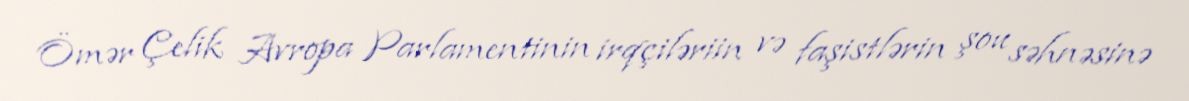
Ömər Çelik Avropa Parlamentinin irqçiləriin və faşistlərin şou səhnəsinə